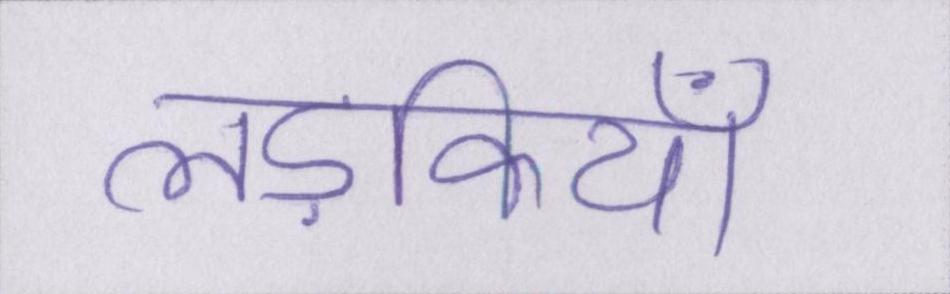
लड़कियाँ